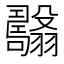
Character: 𦒯